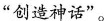
”创造神话”。